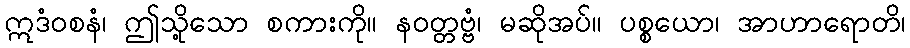
ဣဒံဝစနံ၊ ဤသို့သော စကားကို။ နဝတ္တဗ္ဗံ၊ မဆိုအပ်။ ပစ္စယော၊ အာဟာရောတိ၊